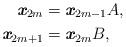
LaTeX: \begin{align*}\emph{\textbf{x}}_{2m} &=\emph{\textbf{x}}_{2m-1}A,\\\emph{\textbf{x}}_{2m+1} &=\emph{\textbf{x}}_{2m}B,\end{align*}